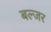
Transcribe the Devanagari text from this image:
बल्जर